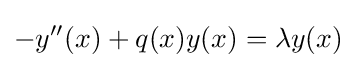
-y''(x)+q(x)y(x)=\lambda y(x)